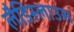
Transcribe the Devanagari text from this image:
लैडिस्लाउस